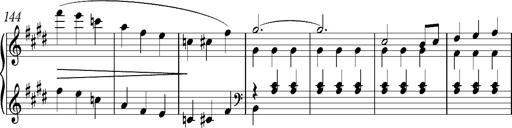
Title: Valses oubliÃ©es
Composer: Franz Liszt